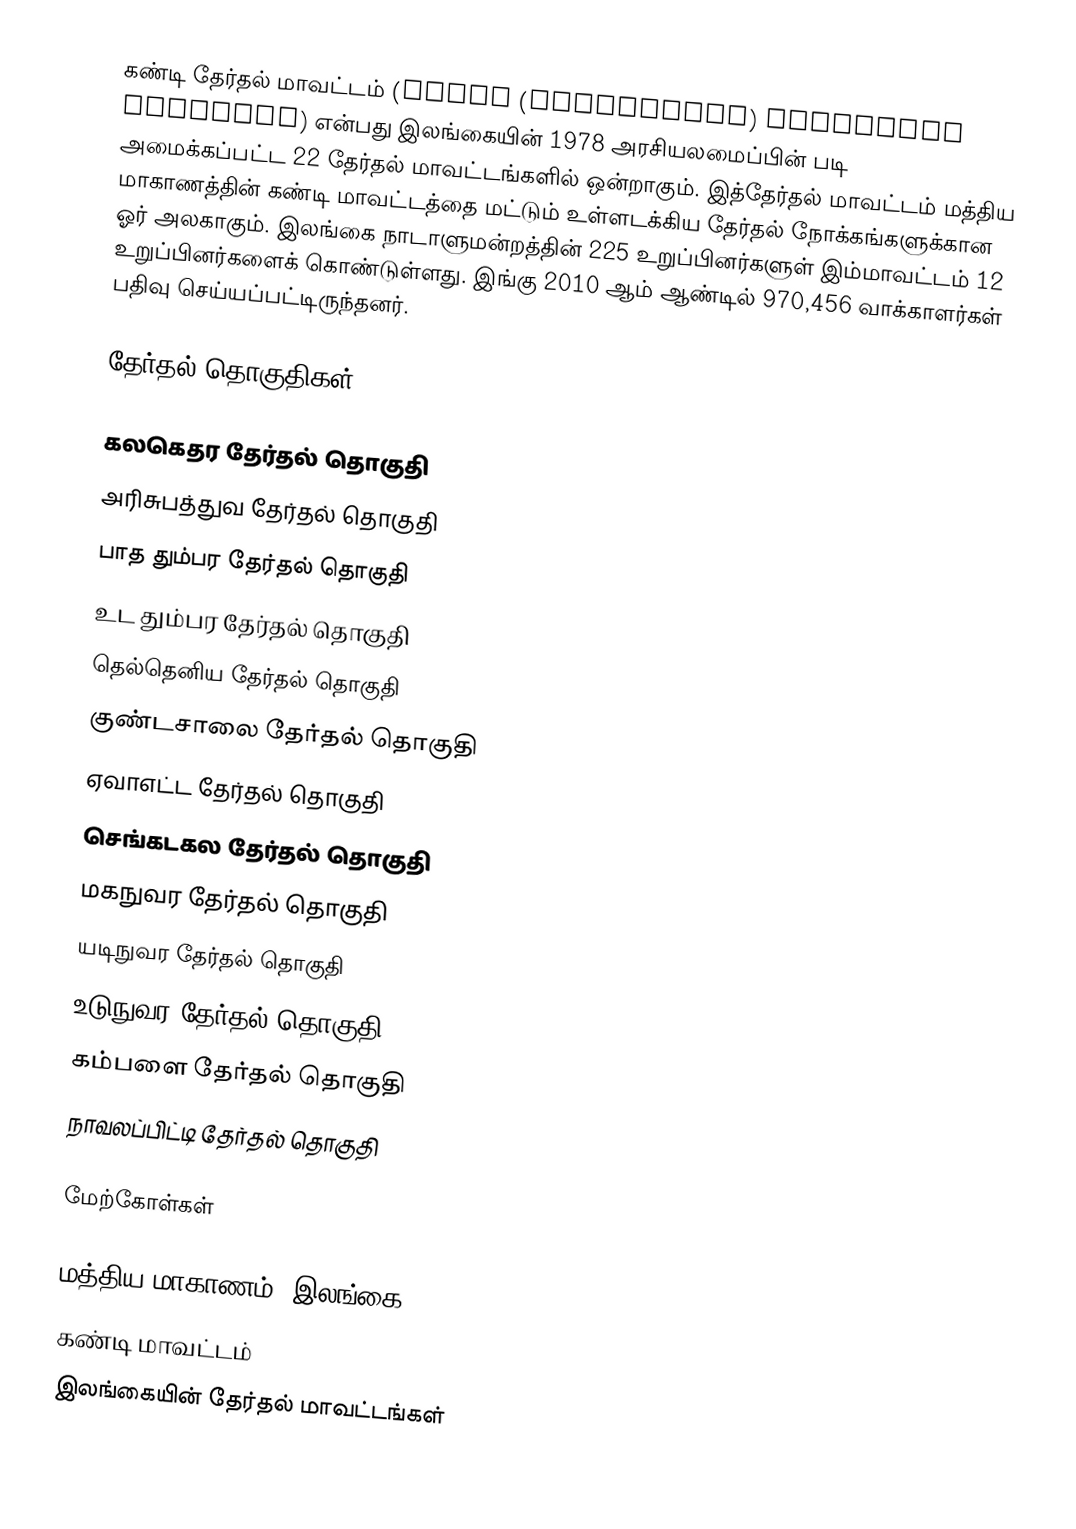
கண்டி தேர்தல் மாவட்டம் (Kandy (Mahanuwara) electoral district) என்பது இலங்கையின் 1978 அரசியலமைப்பின் படி அமைக்கப்பட்ட 22 தேர்தல் மாவட்டங்களில் ஒன்றாகும். இத்தேர்தல் மாவட்டம் மத்திய மாகாணத்தின் கண்டி மாவட்டத்தை மட்டும் உள்ளடக்கிய தேர்தல் நோக்கங்களுக்கான ஓர் அலகாகும். இலங்கை நாடாளுமன்றத்தின் 225 உறுப்பினர்களுள் இம்மாவட்டம் 12 உறுப்பினர்களைக் கொண்டுள்ளது. இங்கு 2010 ஆம் ஆண்டில் 970,456 வாக்காளர்கள் பதிவு செய்யப்பட்டிருந்தனர்.

தேர்தல் தொகுதிகள்

 கலகெதர தேர்தல் தொகுதி
 அரிசுபத்துவ தேர்தல் தொகுதி
 பாத தும்பர தேர்தல் தொகுதி
 உட தும்பர தேர்தல் தொகுதி
 தெல்தெனிய தேர்தல் தொகுதி
 குண்டசாலை தேர்தல் தொகுதி
 ஏவாஎட்ட தேர்தல் தொகுதி
 செங்கடகல தேர்தல் தொகுதி
 மகநுவர தேர்தல் தொகுதி
 யடிநுவர தேர்தல் தொகுதி
 உடுநுவர தேர்தல் தொகுதி
 கம்பளை தேர்தல் தொகுதி
 நாவலப்பிட்டி தேர்தல் தொகுதி

மேற்கோள்கள்

மத்திய மாகாணம், இலங்கை
கண்டி மாவட்டம்
இலங்கையின் தேர்தல் மாவட்டங்கள்